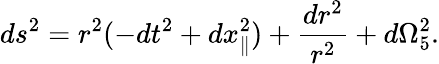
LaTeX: ds^{2}=r^{2}(-dt^{2}+dx_{\parallel}^{2})+{\frac{dr^{2}}{r^{2}}}+d\Omega_{5}^{2}.